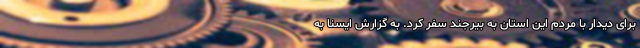
برای دیدار با مردم این استان به بیرجند سفر کرد. به گزارش ایسنا به